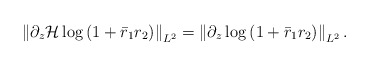
\begin{align*}\left\|\partial_{z} \mathcal{H} \log \left(1+\bar{r}_1 r_2\right)\right\|_{L^2}=\left\|\partial_{z} \log \left(1+\bar{r}_1r_2\right)\right\|_{L^2} .\end{align*}